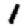
Digit: 1